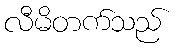
လီမိတက်သည်